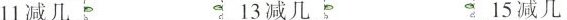
11减几 13减几 15减几